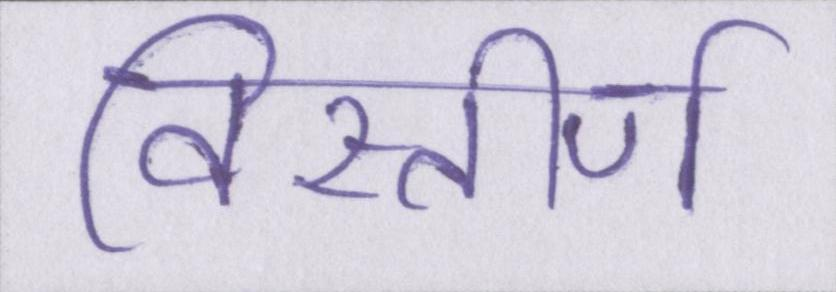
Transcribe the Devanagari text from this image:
विस्तीर्ण